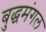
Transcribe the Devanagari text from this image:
बुद्धमंगल